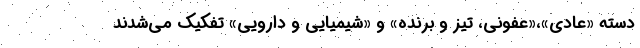
دسته «عادی»،«عفونی، تیز و برنده» و «شیمیایی و دارویی» تفکیک می‌شدند